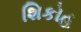
શિકોહ